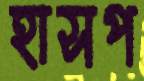
হাসপ